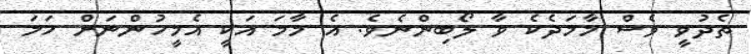
ތެދުވީ ވެސް މާމަދެކެ ވާ ލޯބިންނެވެ. އެ މާމަ އަކީ އެމީހުންނަށް ހަމަ